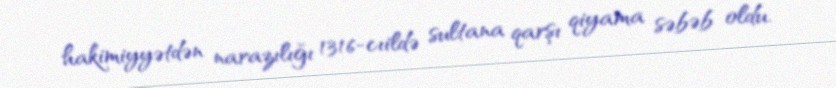
hakimiyyətdən narazılığı 1316-cıildə sultana qarşı qiyama səbəb oldu.